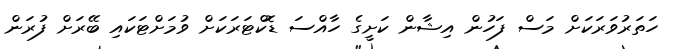
ހަތަރުވަރަކަށް މަސް ފަހުން އިޝާން ކަށީގެ ހާއްސަ ޑޮކްޓަރަކަށް ވުމަށްޓަކައި ބޭރަށް ފުރަން